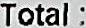
TOTAL: